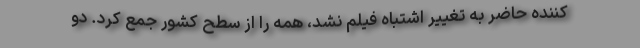
کننده حاضر به تغییر اشتباه فیلم نشد، همه را از سطح کشور جمع کرد. دو